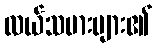
လယ်သမားများ၏